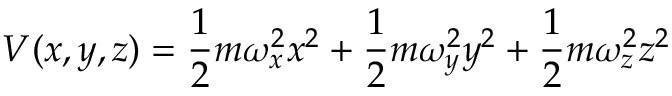
V ( x , y , z ) = { \frac { 1 } { 2 } } m \omega _ { x } ^ { 2 } x ^ { 2 } + { \frac { 1 } { 2 } } m \omega _ { y } ^ { 2 } y ^ { 2 } + { \frac { 1 } { 2 } } m \omega _ { z } ^ { 2 } z ^ { 2 }